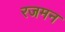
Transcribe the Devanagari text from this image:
रजमन